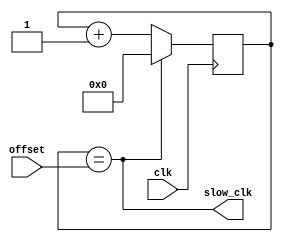
module clk_div(
    input clk,
    input [30:0] offset,
    output slow_clk
    );
    
    assign slow_clk = (COUNT == offset);
    reg [30:0] COUNT;
    
    initial begin
    COUNT <= 0;
    end
            
    always @(posedge clk) begin
    if(COUNT == offset) begin
        COUNT <= 0;
        end
    else COUNT <= COUNT + 1;
    end
    
endmodule